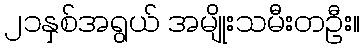
၂၁နှစ်အရွယ် အမျိုးသမီးတဦး။